Report of the Lahore Medical School Hospital
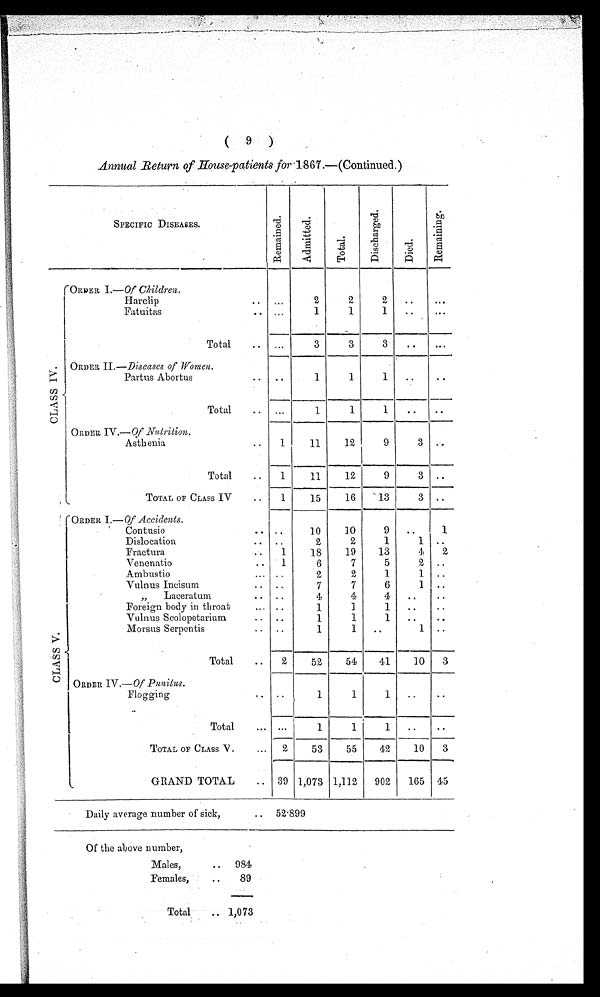
Of the above number,
Males,
. . 984
Females, . . . 89
Annual Return of House-patieats for -1.867 .-(Continued.)
.
(
.
4
6
%
an
SPECIFIC DISEASES.
. G +
: 2
. +
d
. . -4
c:
a-
; 4
c3
a
",
8 e
V)
$ .r(
E
P;
4
&
6 a 3
-
-
_
_
_
I
-
(ORBEX I.-Of CAiZd~en.
I
Harelip
. . . . .
2
2
2
.. ...
Fatuitas
. . . ,
1
1
1 .. ...
I
-
-
-
-
-
-
-
Total
.. ...
3
3
3, . ...
-
_
I
_
_
-
-
-
I
ORDER TI.--Diseases of TVov~e?z.
z
Partns Abortus
.. ..
1
1
1 .. . .
I
:
-
_
_
_
I
_
-
-
-
1-4
Total
. . ...
1
1
1 .. ..
0
- - _ I I - - -
ORDEE IV.- OJ lfi//t?.iiio?z.
Astbenia
. . 1.
11
l2
9
3 ..
1
-.,,,d----
Total
. . 1 11 1 2
9
3 ..
_ 1
3
_
_
_
-
; I
TOTALOPCLASSIV .
1
1 5
16 '13
3 ..
-
- I -
! ( ORDER I.-of A~ccicZesls.
I ' Contusio
. ..
1 0
10
9
.. 1
Dislocation
. ..
2
2
1
1 ..
Fractura
. . 1 1s 1 9 1 3
41
2
Venenatio
.. 1
6
7
5
a ..
.Ambus tio
... . .
2
2
1
1 ..
Vulnus Incisum
. ..
7
7
6
1 ..
,, Laceratun1
. . .
4
4
41 . . . .
Foreign body in throat
. . . . .
1
T
1 .. . .
Vulnus Scolopetarium
. . . .
1
1
1 .. . e
Morsns Serpcntis
. . .
1
1
..
1 ..
s
-------
T o t d
. 2 5% 54 1
10
3
3j 1 O RDER Iv.-ofp~4~iLu8. ------
I
Flogging
. ..
1
1
1 .. . .
------
Total
. ...
1
1
1 .. . .
------
TOTAL OF CLASS V . ... 2 53 55 42 l o 3
- 1 1 1 1 1 . . - - - -
I
GRAND TOTAL
. . 39 1,073 1 1 908
Daily avera,ge number of sick,
. . 52.899